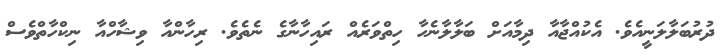
ދުރުބަލާލަނީއެވެ. އެކުއްޖާއާ ދިމާއަށް ބަލާލާނެހާ ހިތްވަރެއް ރައިހާނާގެ ނެތެވެ. ރިހާންއާ ވިޝާހްއާ ނިކްހާތްވެސް